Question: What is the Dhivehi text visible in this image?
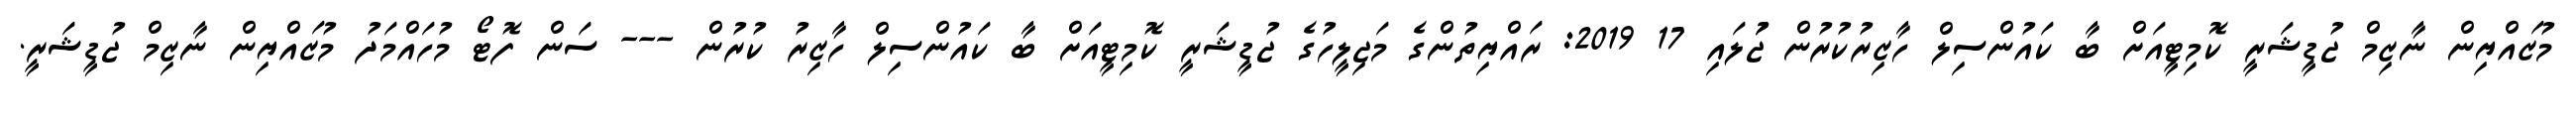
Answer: މުޒައްޔިން ނާޒިމް ޖުޑީޝަރީ ކޮމިޓީއަށް ބާ ކައުންސިލް ހާޒިރުކުރުން ޖުަލައި 17 2019: ރައްޔިތުންގެ މަޖިލީހުގެ ޖުޑީޝަރީ ކޮމިޓީއަށް ބާ ކައުންސިލް ހާޒިރު ކުރުން --- ސަން ފޮޓޯ މުހައްމަދު މުޒައްޔިން ނާޒިމް ޖުޑީޝަރީ.